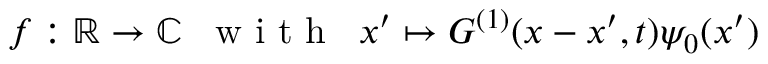
f : \mathbb { R } \rightarrow \mathbb { C } \; \; \textrm { w i t h } \; \; x ^ { \prime } \mapsto G ^ { ( 1 ) } ( x - x ^ { \prime } , t ) \psi _ { 0 } ( x ^ { \prime } )